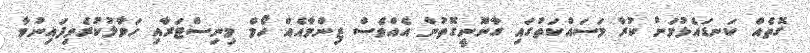
ގޮތެއް ކަނޑައެޅުމަށް ކުރާ މަސައްކަތުގައި ގާނޫނީގޮތުން އެއްވެސް ޒިންމާއެއް ހޯމް މިނިސްޓަރާއި ހަވާލުކުރެވިފައިނުވާ